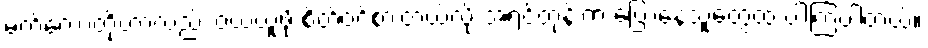
မက်ကော့တို့ဟာလည်း ဝယ်ယူဖို့ စိတ်ဝင်စားတယ်လို့ အရင်တုန်းက ပြောနေသူတွေထဲ ပါကြပါတယ်။